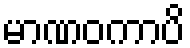
မာဏဝကာပိ